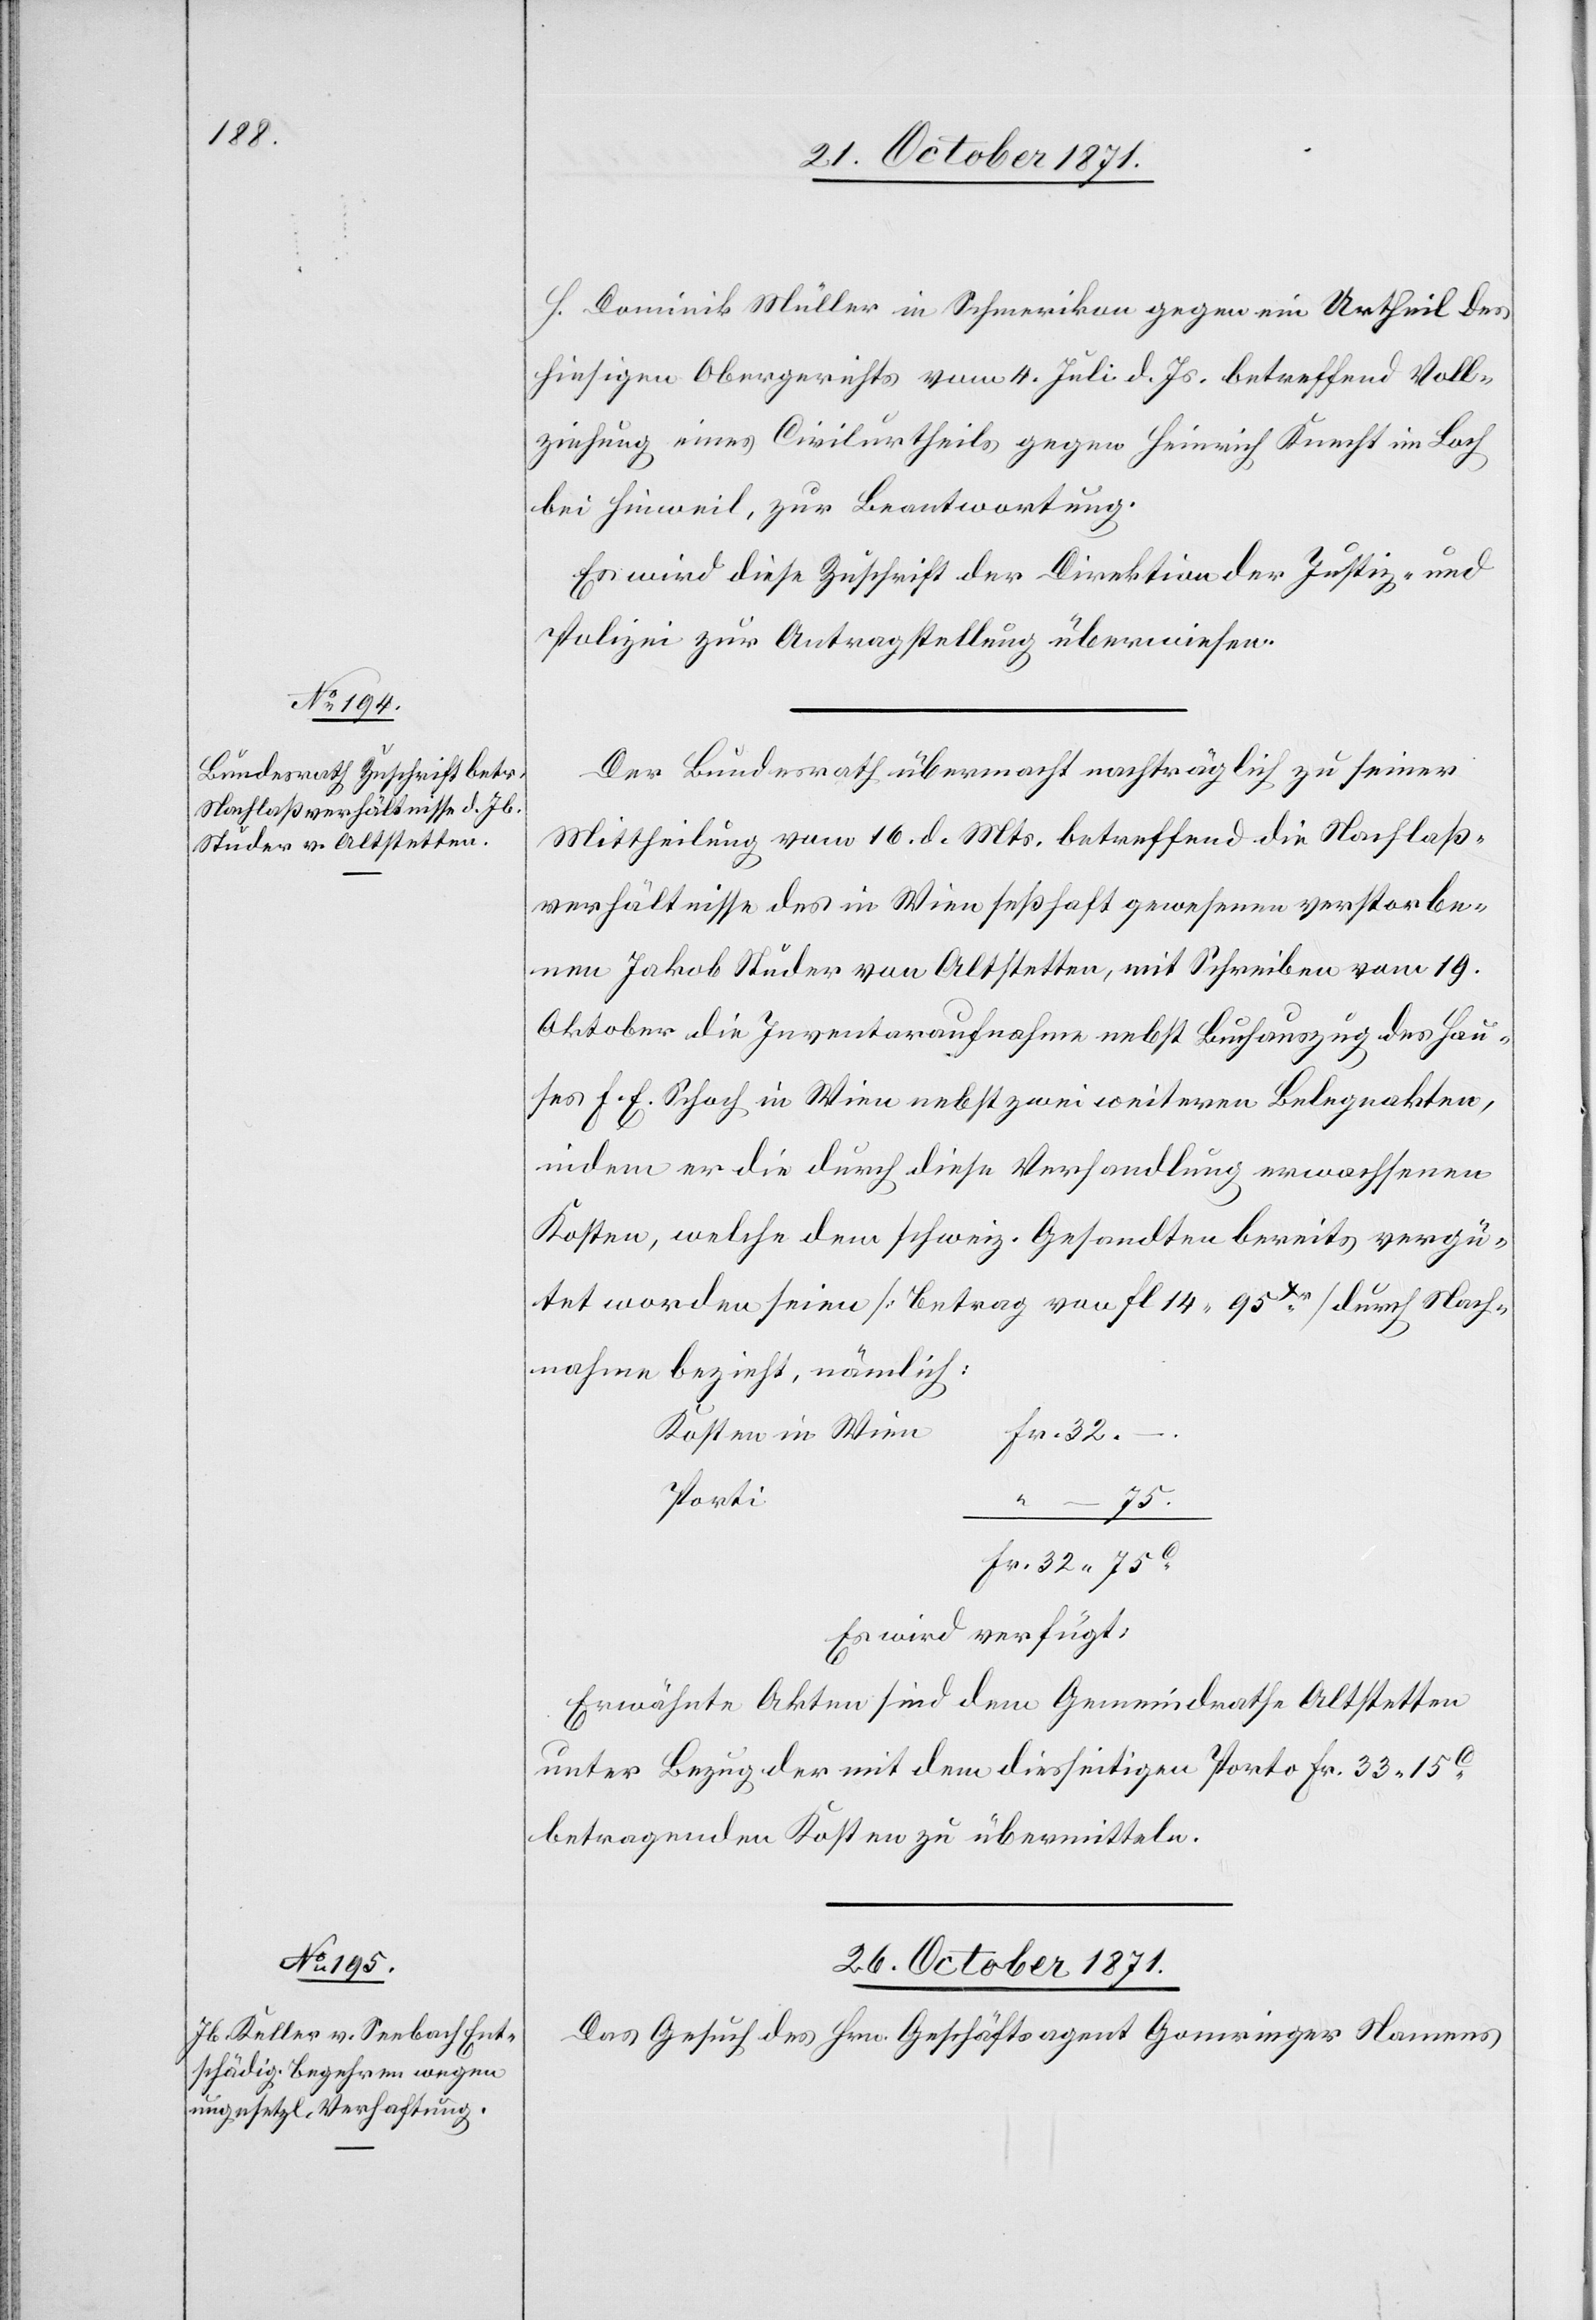
H. Dominik Müller in Schmerikon gegen ein Urtheil des
hiesigen Obergerichts vom 4. Juli d. Js. betreffend Voll¬
ziehung eines Civilurtheils gegen Heinrich Knecht im Bach
bei Hinweil, zur Beantwortung.
Es wird diese Zuschrift der Direktion der Justiz und
Polizei zur Antragstellung überwiesen.
Der Bundesrath übermacht nachträglich zu seiner
Mittheilung vom 16. d. Mts. betreffend die Nachlaß¬
verhältnisse des in Wien sesshaft gewesenen verstorbe¬
nen Jakob Studer von Altstetten, mit Schreiben vom 19.
Oktober die Inventaraufnahme nebst Buchauszug des Hau¬
ses F. E. Schoch in Wien nebst zwei weiteren Belegeakten,
indem er die durch diese Verhandlung erwachsenen
Kosten, welche dem schweiz. Gesandten bereits vergü¬
tet worden seien [Betrag von Fl. 14. 95Xn] durch Nach¬
nahme bezieht, nämlich:
Kosten in Wien
Porti
Es wird verfügt:
Erwähnte Akten sind dem Gemeindrathe Altstetten
unter Bezug der mit dem diesseitigen Porto Fr. 33. 15C
betragenden Kosten zu übermitteln.
26. October 1871.
Das Gesuch des Hrn. Geschäftsagent Gomringer Namens